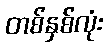
တစ်နှစ်လုံး